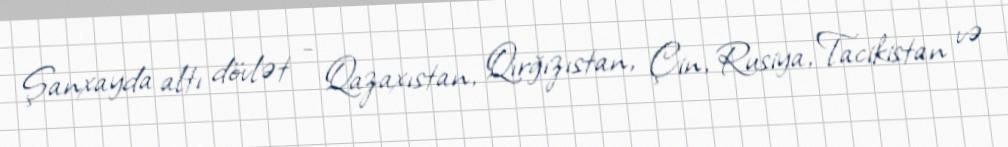
Şanxayda altı dövlət - Qazaxıstan, Qırğızıstan, Çin, Rusiya, Tacikistan və